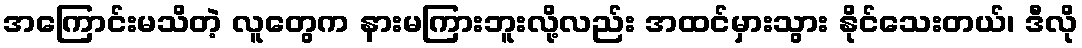
အကြောင်းမသိတဲ့ လူတွေက နားမကြားဘူးလို့လည်း အထင်မှားသွား နိုင်သေးတယ်၊ ဒီလို